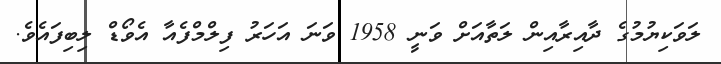
ލަވަކިޔުމުގެ ދާއިރާއިން ލަތާއަށް ވަނީ 1958 ވަނަ އަހަރު ފިލްމްފެއާ އެވޯޑް ލިބިފައެވެ.